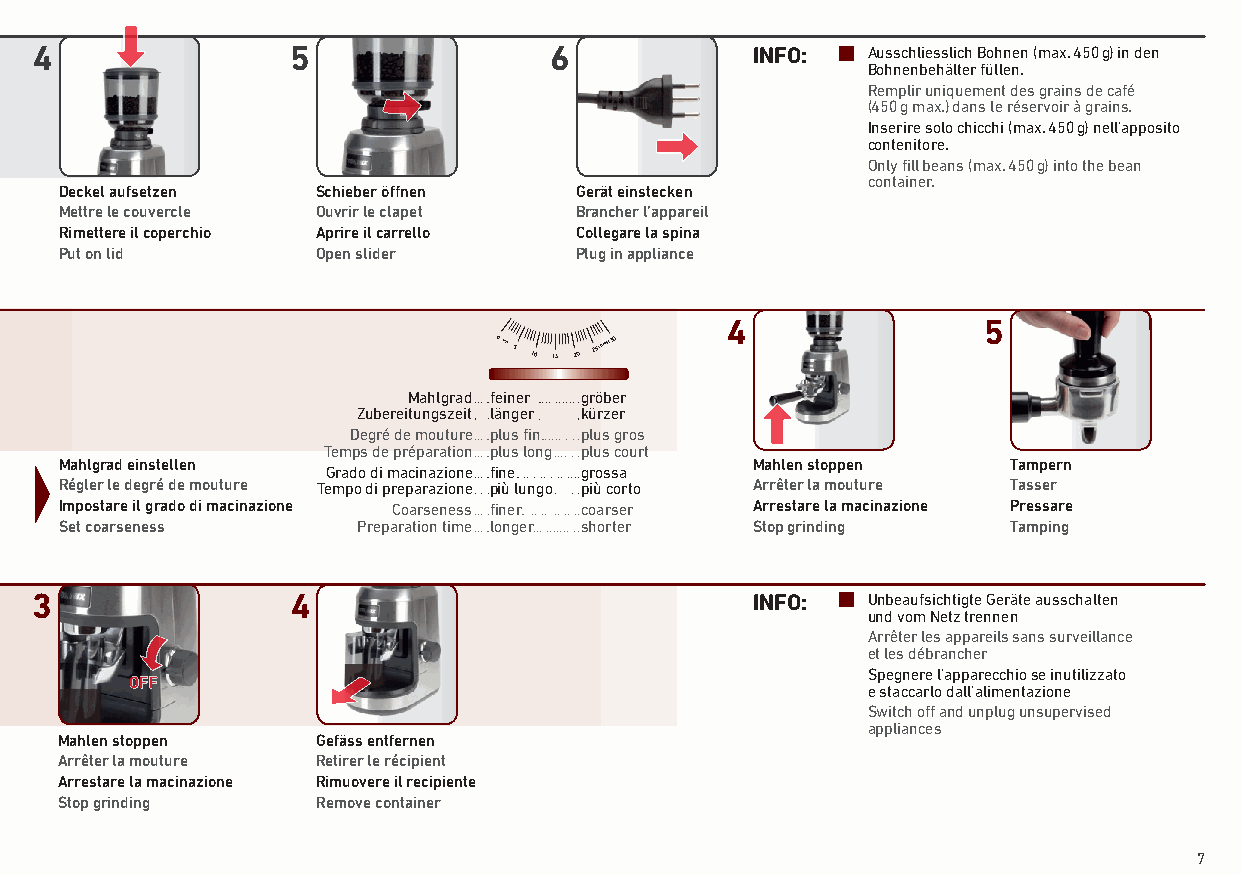
4                5                6             INFO:  Ausschliesslich Bohnen (max� 450 g) in den
 Bohnenbehälter füllen�
 Remplir uniquement des grains de café
 (450 g max�) dans le réservoir à grains�
 Inserire solo chicchi (max� 450 g) nell’apposito
 contenitore�
 Only fill beans (max� 450 g) into the bean
 container�
 Deckel aufsetzen Schieber öffnen  Gerät einstecken
 Mettre le couvercle Ouvrir le clapet Brancher l’appareil
 Rimettere il coperchio Aprire il carrello Collegare la spina
 Put on lid       Open slider      Plug in appliance
 4                5
 0 FINE 5 10 15 20 25 COARSE30
 Mahlgrad feiner gröber
 Zubereitungszeit länger kürzer
 Degré de mouture plus fin plus gros
 Temps de préparation plus long plus court
 Mahlgrad einstellen                           Mahlen stoppen   Tampern
 Grado di macinazione fine grossa
 Régler le degré de mouture Tempo di preparazione più lungo più corto Arrêter la mouture Tasser
 Impostare il grado di macinazione Coarseness finer coarser Arrestare la macinazione Pressare
 Set coarseness      Preparation time longer shorter Stop grinding Tamping
 3                4                              INFO:  Unbeaufsichtigte Geräte ausschalten
 und vom Netz trennen
 Arrêter les appareils sans surveillance
 et les débrancher
 Spegnere l’apparecchio se inutilizzato
 OFF
 e staccarlo dall’alimentazione
 Switch off and unplug unsupervised
 appliances
 Mahlen stoppen   Gefäss entfernen
 Arrêter la mouture Retirer le récipient
 Arrestare la macinazione Rimuovere il recipiente
 Stop grinding    Remove container
 7